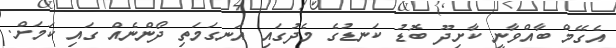
އެގޭމް ބާއްވާނީ ކާށިދޫ ބޮޑު ކަނޑުގެ މެދުގައި އަނގަމަތި ދޯންނެއް ގައި ކަމަށް.